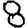
Digit: 8